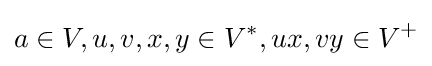
a\in V,u,v,x,y\in V^{*},ux,vy\in V^{+}